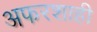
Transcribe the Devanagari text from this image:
अफरशाही